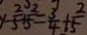
y - \frac { 2 } { 5 } + \frac { 2 } { 5 } = \frac { 3 } { 4 } + \frac { 2 } { 5 }